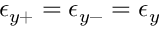
\epsilon _ { y + } = \epsilon _ { y - } = \epsilon _ { y }